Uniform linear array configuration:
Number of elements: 16
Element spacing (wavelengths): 0.25
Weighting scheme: blackman
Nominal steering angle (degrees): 0
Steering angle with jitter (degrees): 0.1256
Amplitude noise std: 0.05
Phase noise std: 0.05

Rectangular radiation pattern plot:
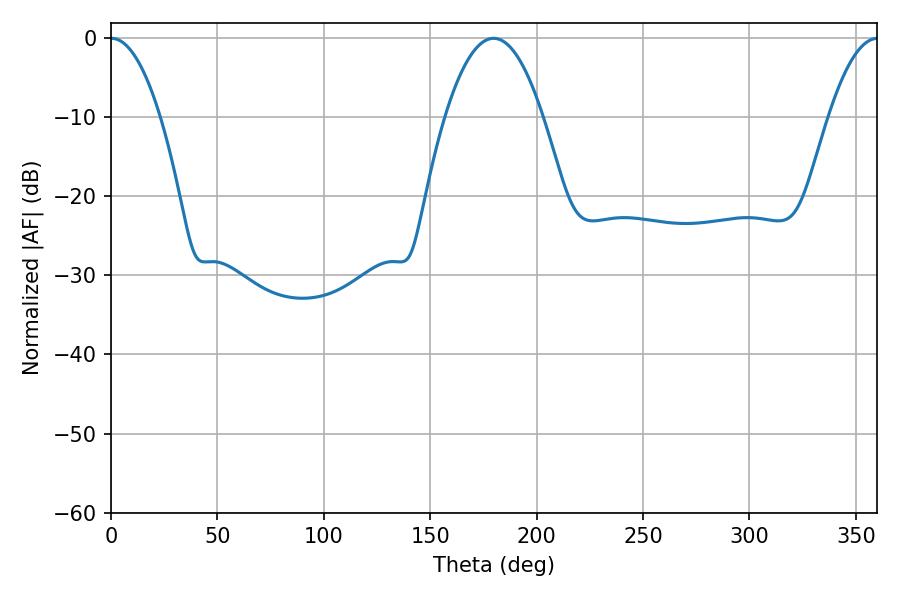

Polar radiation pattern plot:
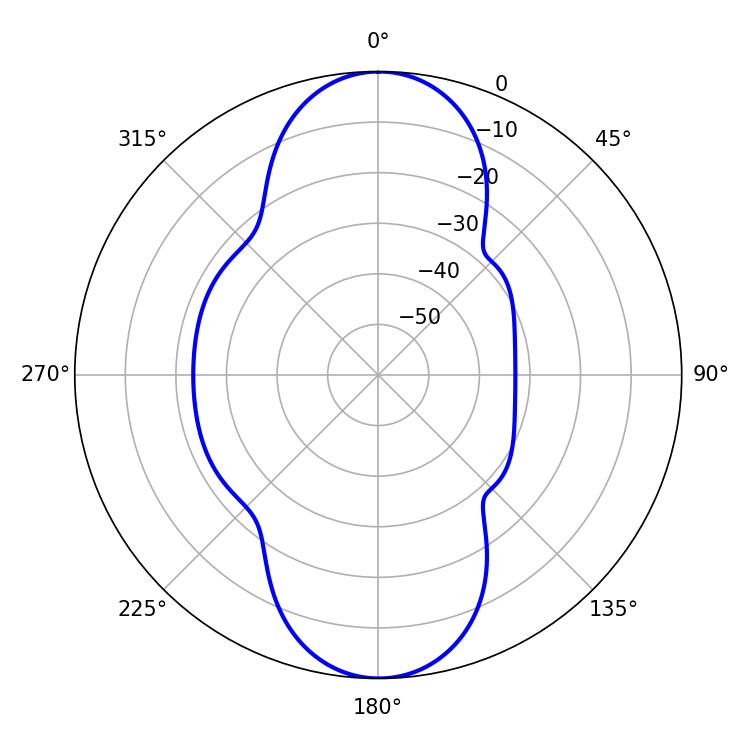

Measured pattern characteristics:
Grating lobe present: FALSE
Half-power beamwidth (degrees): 12.78
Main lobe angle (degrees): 0.18